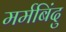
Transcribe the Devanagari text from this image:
मर्मबिंदु